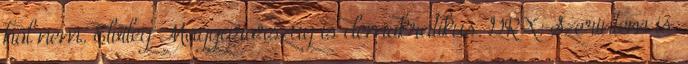
hol nem. Elvileg Magyarország is demokratikus. GRX: Szerintem is.